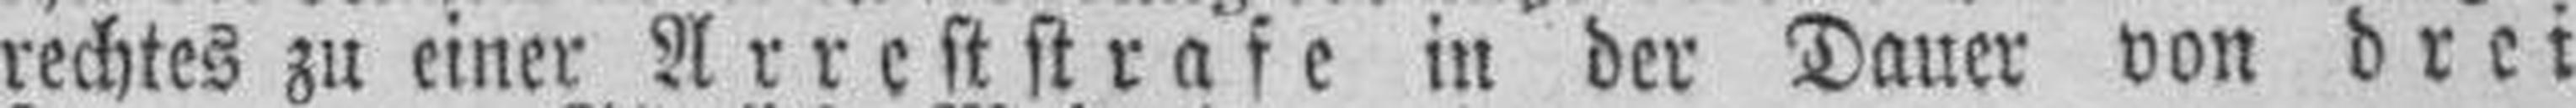
rechtes zu einer Arreststrafe in der Dauer von drei